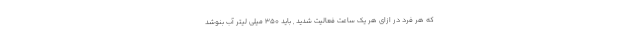
که هر فرد در ازای هر یک ساعت فعالیت شدید , باید 350 میلی لیتر آب بنوشد